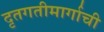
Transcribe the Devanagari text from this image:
दृतगतीमार्गाची